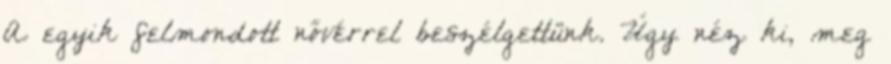
A egyik felmondott nővérrel beszélgettünk. Úgy néz ki, meg